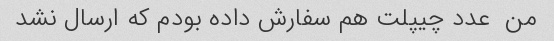
من  عدد چیپلت هم سفارش داده بودم که ارسال نشد